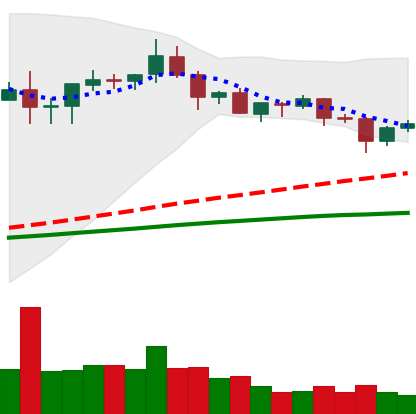
Ticker: XRP-USD
Chart end date: 2020-08-29
Forward return: -10.17%
Label: down_7plus